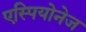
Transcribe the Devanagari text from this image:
एस्पियोनेज